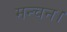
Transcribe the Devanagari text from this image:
मन्चन।